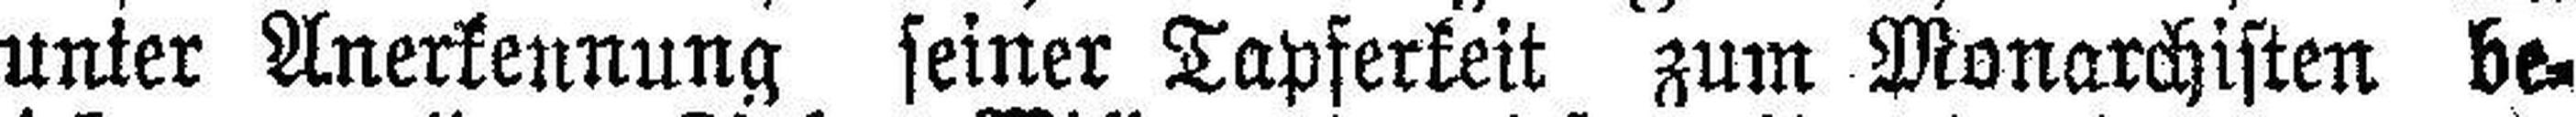
unter Anerkennung seiner Tapferkeit zum Monarchisten be¬